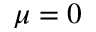
\mu = 0